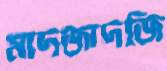
মাদজাদজি